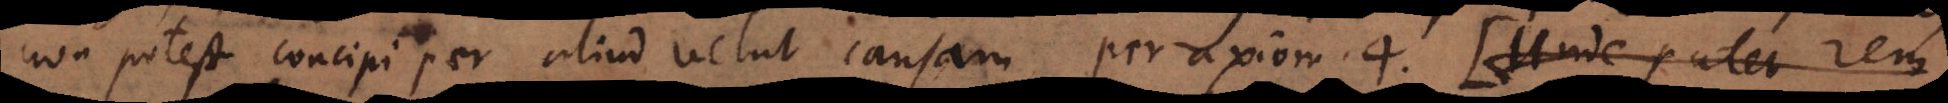
non potest concipi per aliud velut causam per axiom. 4. Caeterum